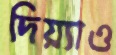
দিয়্যাও